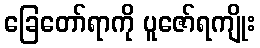
ခြေတော်ရာကို ပူဇော်ရကျိုး